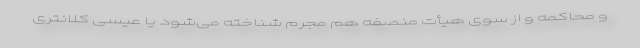
و محاکمه و از سوی هیأت منصفه هم مجرم شناخته می‌شود یا عیسی کلانتری